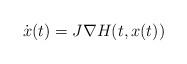
LaTeX: \begin{align*}\dot x(t) = J \nabla H(t,x(t))\end{align*}